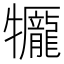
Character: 𤜎